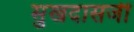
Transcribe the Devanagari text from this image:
सुखदासजी